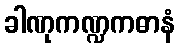
ခါဏုကဏ္ဍကဓာနံ